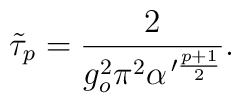
\tilde{\tau}_p=\frac{2}{g^2_o\pi^2\alpha^{\,\prime\frac{p+1}{2}}}.